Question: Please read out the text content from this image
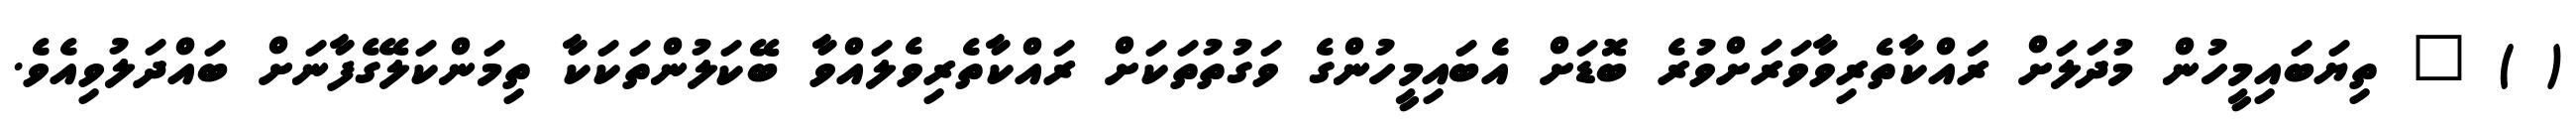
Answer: ( ) " ތިޔަބައިމީހުން މުދަލަށް ރައްކާތެރިވާވަރަށްވުރެ ބޮޑަށް އެބައިމީހުންގެ ވަގުތުތަކަށް ރައްކާތެރިވެލައްވާ ބޭކަލުންތަކަކާ ތިމަންކަލޭގެފާނަށް ބައްދަލުވިއެވެ.